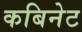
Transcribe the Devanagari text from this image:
कबिनेट